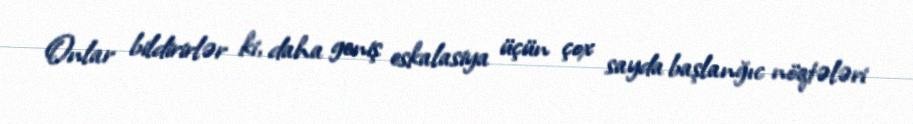
Onlar bildirirlər ki, daha geniş eskalasiya üçün çox sayda başlanğıc nöqtələri